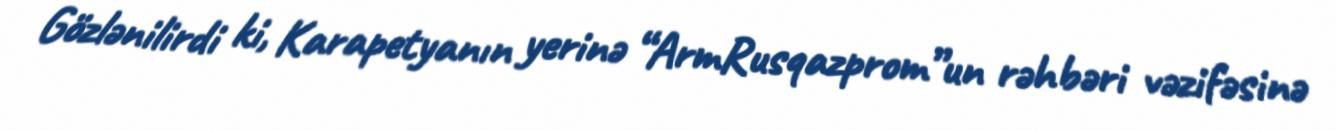
Gözlənilirdi ki, Karapetyanın yerinə “ArmRusqazprom”un rəhbəri vəzifəsinə